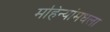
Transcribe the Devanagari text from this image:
महिन्यांमधला